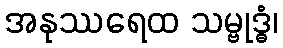
အနုဿရေထ သမ္ဗုဒ္ဓံ၊